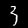
Label: 3